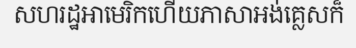
សហរដ្ឋអាមេរិកហើយភាសាអង់គ្លេសក៏